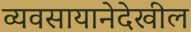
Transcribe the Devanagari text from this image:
व्यवसायानेदेखील